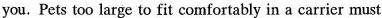
you.Pets too large to fit comfortably in a carrier must